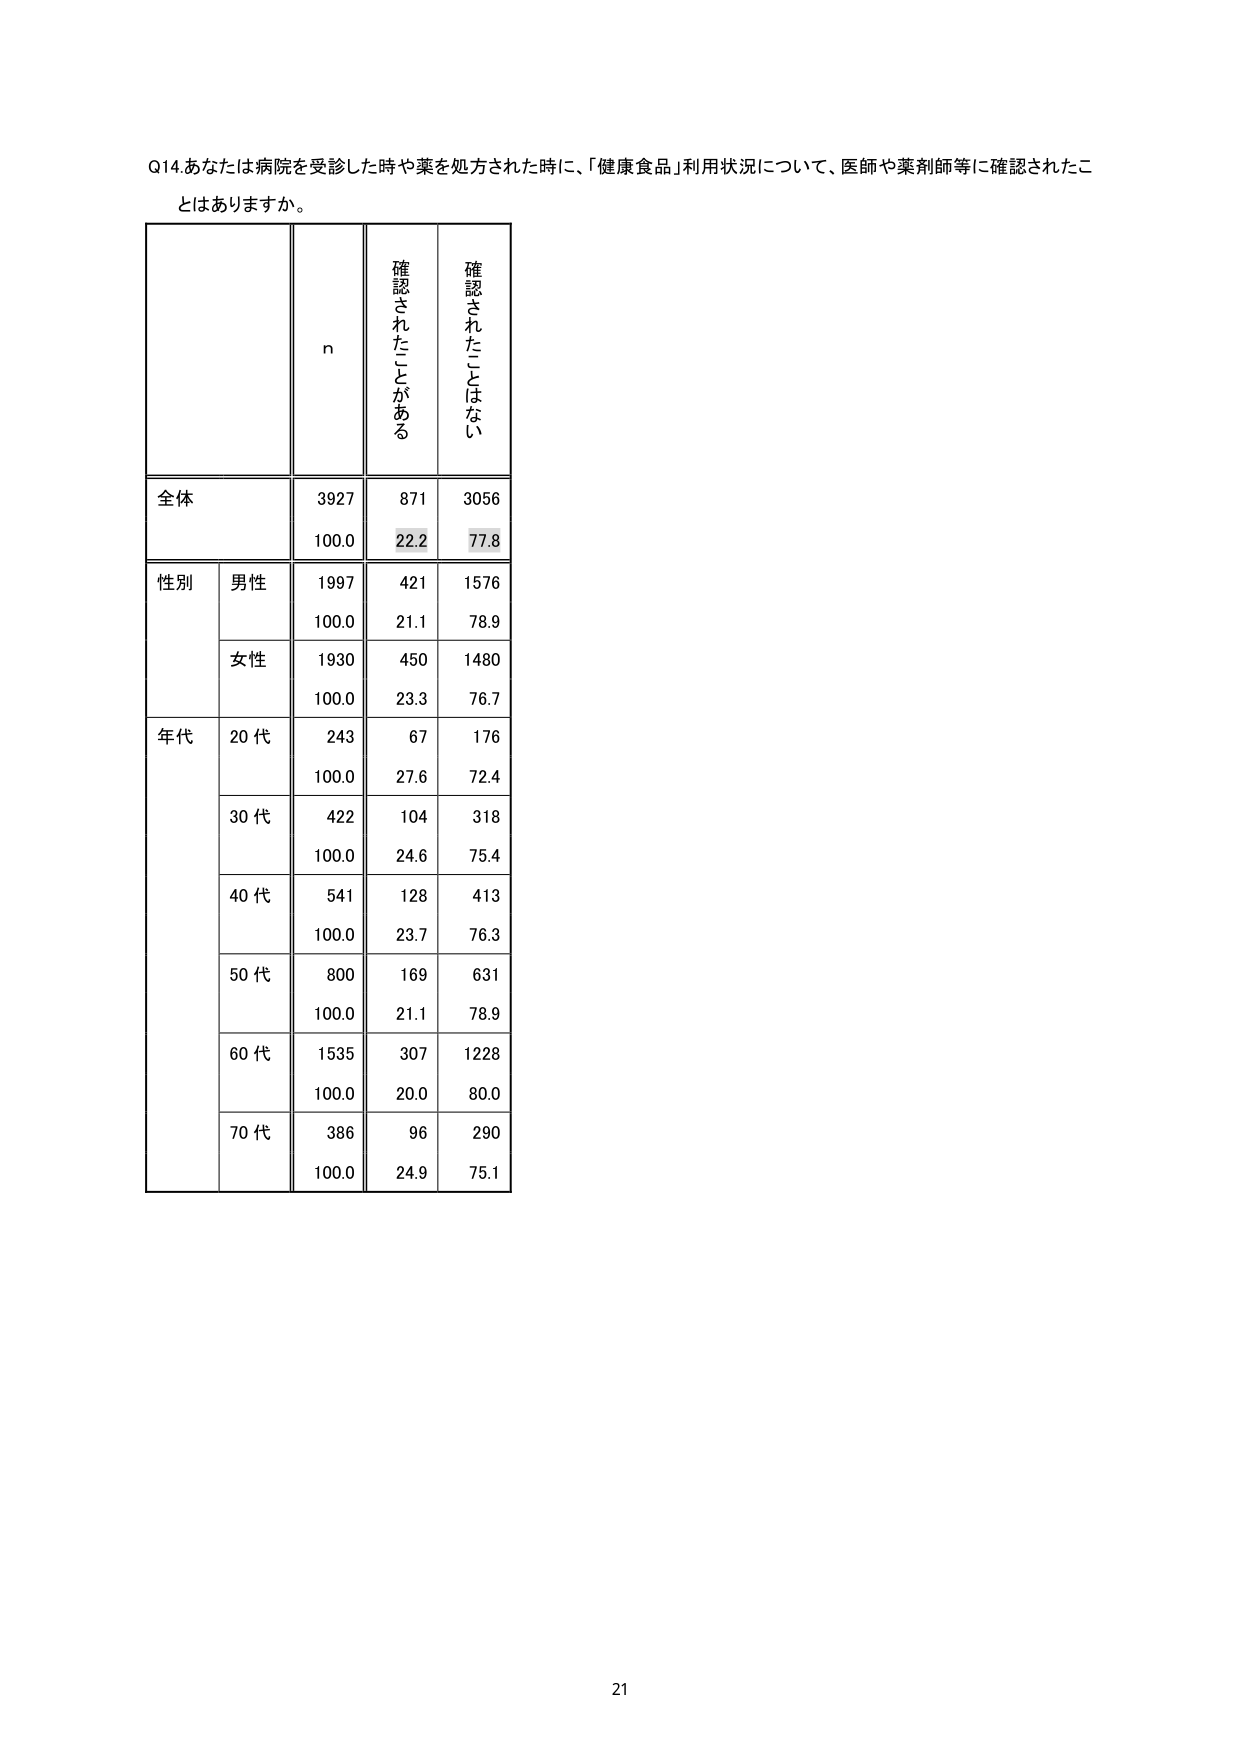
Q14. あなたは病院を受診した時や薬を処方された時に、「健康食品」利用状況について、医師や薬剤師等に確認されたことはありますか。

n 確認されたことがある 確認されたことはない

全体 3927 871 3056
100.0 22.2 77.8

性別 男性 1997 421 1576
100.0 21.1 78.9
女性 1930 450 1480
100.0 23.3 76.7

年代 20代 243 67 176
100.0 27.6 72.4
30代 422 104 318
100.0 24.6 75.4
40代 541 128 413
100.0 23.7 76.3
50代 800 169 631
100.0 21.1 78.9
60代 1535 307 1228
100.0 20.0 80.0
70代 386 96 290
100.0 24.9 75.1

21